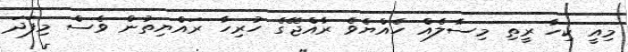
މިއީ ކިހާ ރީތި މިސާލެއް ހެއްޔެވެ ރާއްޖޭގެ ހުރިހާ ރައްޔިތުން ވެސް މިފަދަ